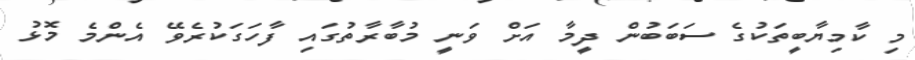
މި ކާމިޔާބީތަކުގެ ސަބަބުން ދީމާ އަށް ވަނީ މުބާރާތުގައި ފާހަގަކުރެވޭ އެންމެ މޮޅު